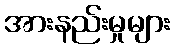
အားနည်းမှုများ